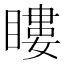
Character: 瞜